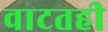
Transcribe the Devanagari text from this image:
वाटतही